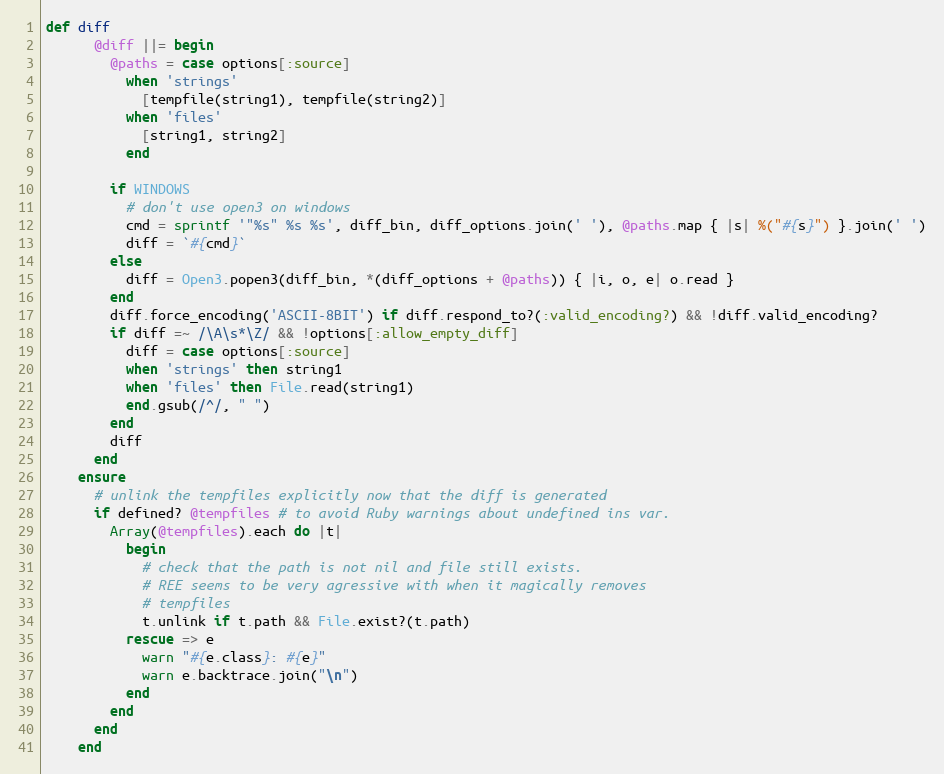
Language: Ruby
def diff
      @diff ||= begin
        @paths = case options[:source]
          when 'strings'
            [tempfile(string1), tempfile(string2)]
          when 'files'
            [string1, string2]
          end

        if WINDOWS
          # don't use open3 on windows
          cmd = sprintf '"%s" %s %s', diff_bin, diff_options.join(' '), @paths.map { |s| %("#{s}") }.join(' ')
          diff = `#{cmd}`
        else
          diff = Open3.popen3(diff_bin, *(diff_options + @paths)) { |i, o, e| o.read }
        end
        diff.force_encoding('ASCII-8BIT') if diff.respond_to?(:valid_encoding?) && !diff.valid_encoding?
        if diff =~ /\A\s*\Z/ && !options[:allow_empty_diff]
          diff = case options[:source]
          when 'strings' then string1
          when 'files' then File.read(string1)
          end.gsub(/^/, " ")
        end
        diff
      end
    ensure
      # unlink the tempfiles explicitly now that the diff is generated
      if defined? @tempfiles # to avoid Ruby warnings about undefined ins var.
        Array(@tempfiles).each do |t|
          begin
            # check that the path is not nil and file still exists.
            # REE seems to be very agressive with when it magically removes
            # tempfiles
            t.unlink if t.path && File.exist?(t.path)
          rescue => e
            warn "#{e.class}: #{e}"
            warn e.backtrace.join("\n")
          end
        end
      end
    end